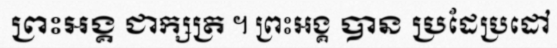
ព្រះអង្គ ជាក្សត្រ ។ ព្រះអង្គ បាន ប្រដែប្រដៅ